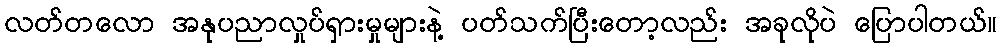
လတ်တလော အနုပညာလှုပ်ရှားမှုများနဲ့ ပတ်သက်ပြီးတော့လည်း အခုလိုပဲ ပြောပါတယ်။